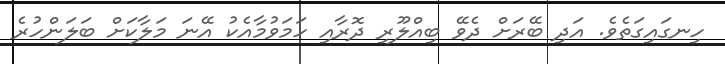
ހިނގައިގަތެވެ. އަދި ބޭރަށް ދެވޭ ބިއްލޫރި ދޮރާއި ހަމަވުމާއެކު އޭނަ މަލާކަށް ބަލަންހުރެ